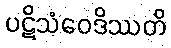
ပဋိသံဝေဒိဿတိ